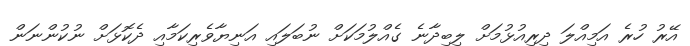
އޭރު ހުރެ އަމިއްލަ ދިރިއުޅުމަށް ލިބިދާނެ ގެއްލުމަކަށް ނުބަލައި އަނިޔާވެރިކަމާއި ދެކޮޅަށް ނުކުންނަން